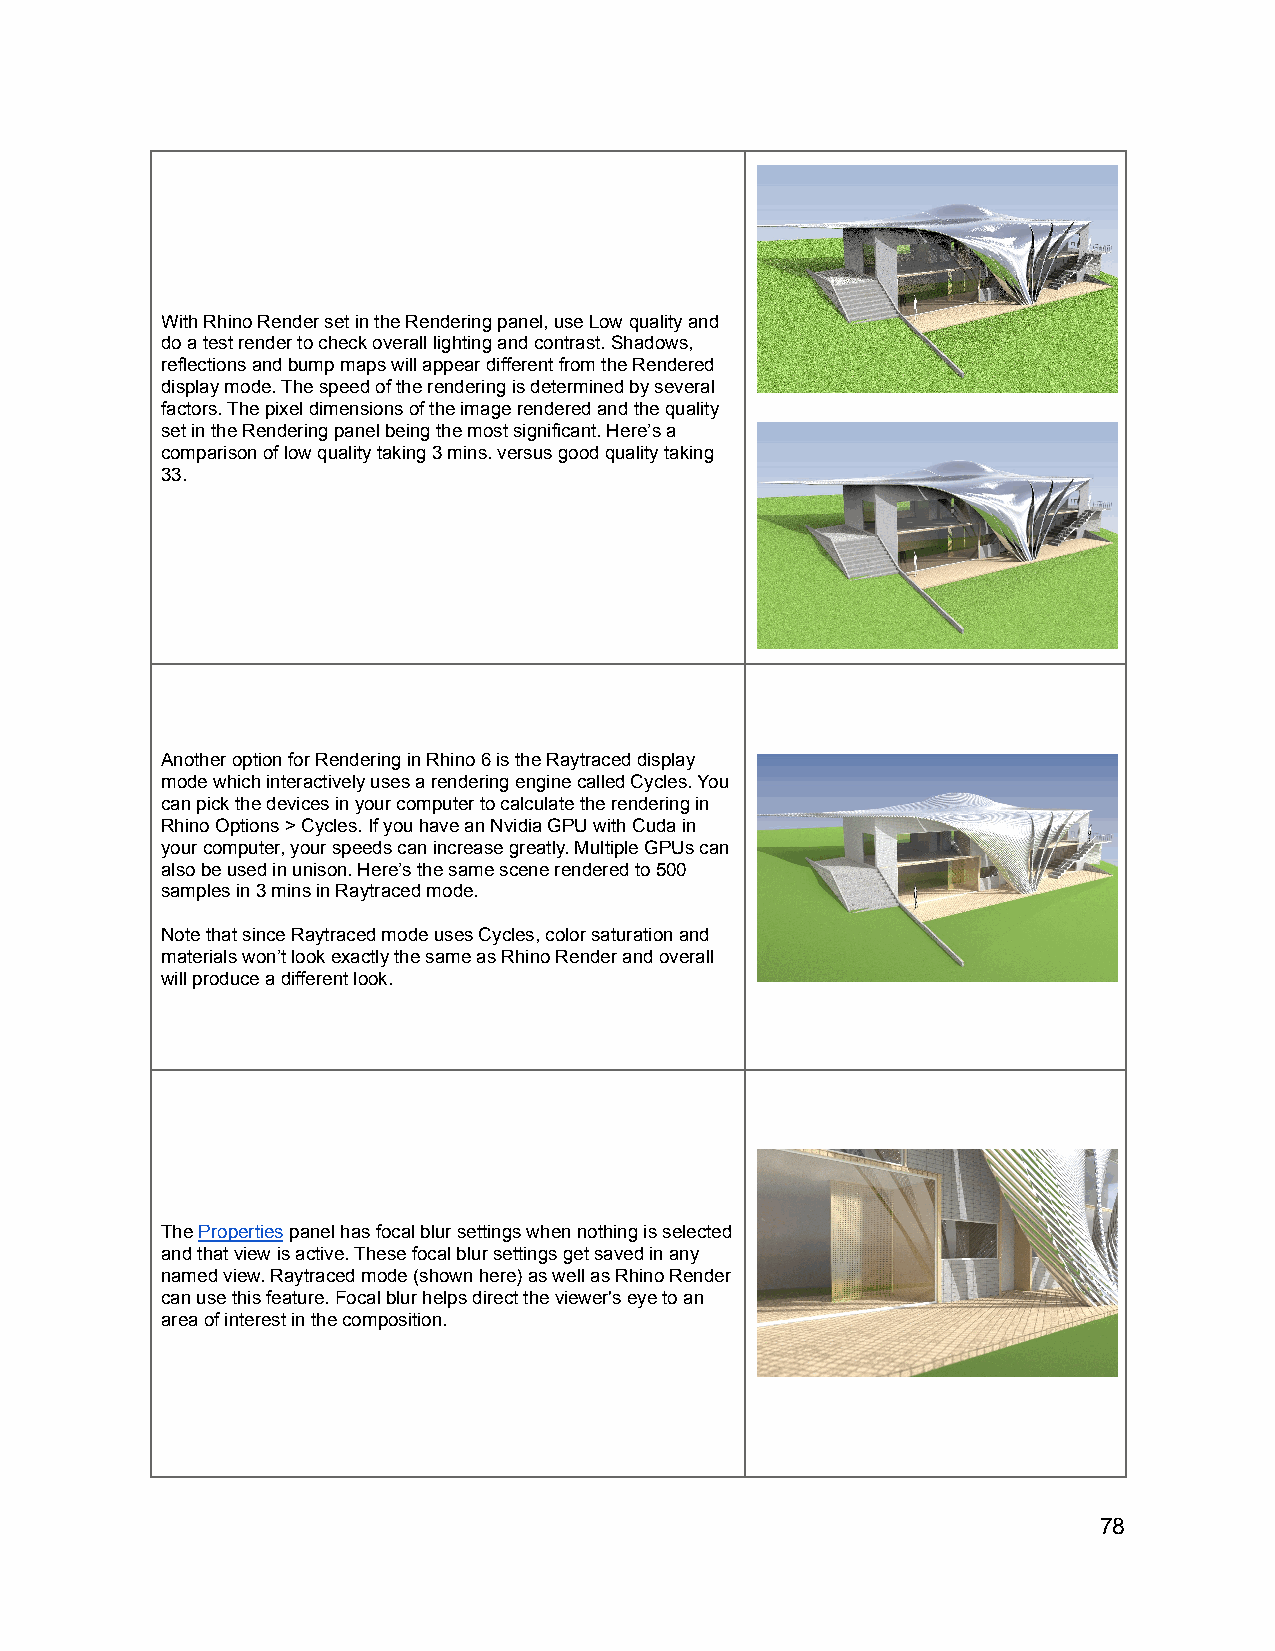
With Rhino Render set in the Rendering panel, use Low quality and
 do a test render to check overall lighting and contrast. Shadows,
 reflections and bump maps will appear different from the Rendered
 display mode. The speed of the rendering is determined by several
 factors. The pixel dimensions of the image rendered and the quality
 set in the Rendering panel being the most significant. Here’s a
 comparison of low quality taking 3 mins. versus good quality taking
 33.
 Another option for Rendering in Rhino 6 is the Raytraced display
 mode which interactively uses a rendering engine called Cycles. You
 can pick the devices in your computer to calculate the rendering in
 Rhino Options > Cycles. If you have an Nvidia GPU with Cuda in
 your computer, your speeds can increase greatly. Multiple GPUs can
 also be used in unison. Here’s the same scene rendered to 500
 samples in 3 mins in Raytraced mode.
 Note that since Raytraced mode uses Cycles, color saturation and
 materials won’t look exactly the same as Rhino Render and overall
 will produce a different look.
 ThePropertiespanel has focal blur settings whennothing is selected
 and that view is active. These focal blur settings get saved in any
 named view. Raytraced mode (shown here) as well as Rhino Render
 can use this feature. Focal blur helps direct the viewer's eye to an
 area of interest in the composition.
 78